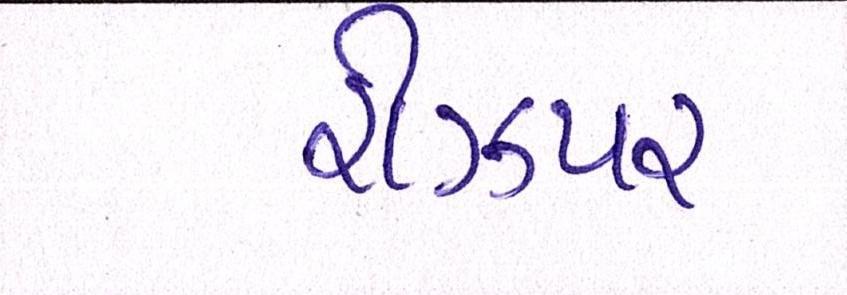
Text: રીઝપર